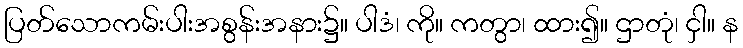
ပြတ်သောကမ်းပါးအစွန်းအနား၌။ ပါဒံ၊ ကို။ ကတွာ၊ ထား၍။ ဌာတုံ၊ ငှါ။ န